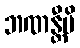
ဘဏန္တီပိ